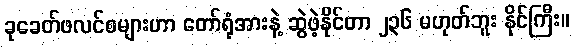
ခုခေတ်ဖလင်စများဟာ တော်ရုံအားနဲ့ ဆွဲဖဲ့နိုင်တာ ၂၃၆ မဟုတ်ဘူး နိုင်ကြီး။